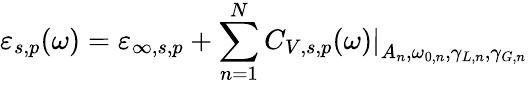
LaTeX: \varepsilon_{s,p}(\omega)=\varepsilon_{\infty,s,p}+\sum_{n=1}^{N}\left.C_{V,s,p}(\omega)\right\vert_{A_{n},\omega_{0,n},\gamma_{L,n},\gamma_{G,n}}